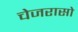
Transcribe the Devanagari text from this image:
चेजरासो